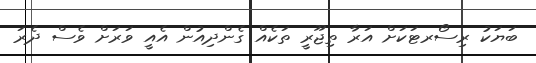
ބަޔަކު ރިސޯރޓަކަށް އަރާ ތިޖޫރީ ތަކެއް ގެންދިއުން އެއީ ވަރަށް ވެސް ދެރަ